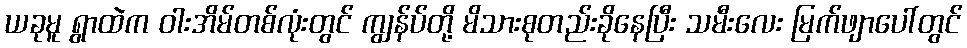
ယခုမူ ရွာထဲက ဝါးအိမ်တစ်လုံးတွင် ကျွန်ပ်တို့ မိသားစုတည်းခိုနေပြီး သမီးလေး မြက်ဖျာပေါ်တွင်